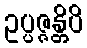
ဥပ္ပဇ္ဇန္တိပိ